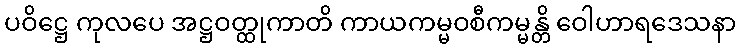
ပဝိဋ္ဌေ ကုလပေ အဋ္ဌဝတ္ထုကာတိ ကာယကမ္မဝစီကမ္မန္တိ ဝေါဟာရဒေသနာ